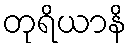
တုရိယာနိ